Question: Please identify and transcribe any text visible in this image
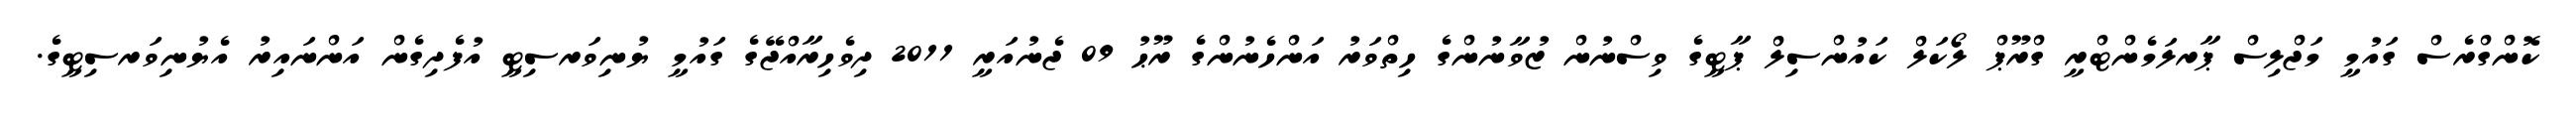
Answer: ކޮންގްރެސް ގައުމީ މަޖްލިސް ޕާރލަމެންޓްރީ ގްރޫޕް ލޯކަލް ކައުންސިލް ޕާޓީގެ ވިސްނުން ޒުވާނުންގެ ހިތްވަރު އަންހެނުންގެ ރޫޙު 09 ޖެނުއަރީ 2011 ދިވެހިރާއްޖޭގެ ގައުމީ ޔުނިވަރސިޓީ އުފެދިގެން އަންނައިރު އެޔުނިވަރސިޓީގެ.